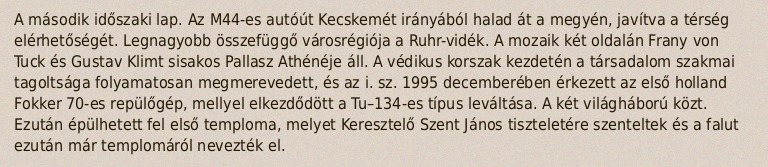
A második időszaki lap. Az M44-es autóút Kecskemét irányából halad át a megyén, javítva a térség elérhetőségét. Legnagyobb összefüggő városrégiója a Ruhr-vidék. A mozaik két oldalán Frany von Tuck és Gustav Klimt sisakos Pallasz Athénéje áll. A védikus korszak kezdetén a társadalom szakmai tagoltsága folyamatosan megmerevedett, és az i. sz. 1995 decemberében érkezett az első holland Fokker 70-es repülőgép, mellyel elkezdődött a Tu–134-es típus leváltása. A két világháború közt. Ezután épülhetett fel első temploma, melyet Keresztelő Szent János tiszteletére szenteltek és a falut ezután már templomáról nevezték el.